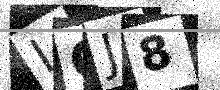
Text: IQJ8